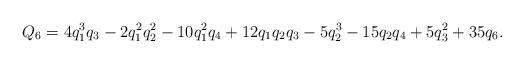
LaTeX: \begin{align*}&Q_6 = 4 q_1^3 q_3 - 2 q_1^2 q_2^2 - 10 q_1^2 q_4 + 12 q_1 q_2 q_3 - 5 q_2^3 - 15 q_2 q_4 + 5 q_3^2 + 35 q_6.\end{align*}